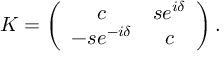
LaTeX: K = \left( \begin{array} { c c } { { c } } & { { s e ^ { i \delta } } } \\ { { - s e ^ { - i \delta } } } & { { c } } \end{array} \right) .